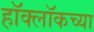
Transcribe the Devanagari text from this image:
हॉक्लॉकच्या